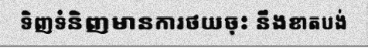
ទិញទំនិញមានការថយចុះ នឹងខាតបង់